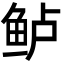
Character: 鲈